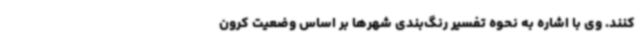
کنند. وی با اشاره به نحوه تفسیر رنگ‌بندی شهرها بر اساس وضعیت کرون